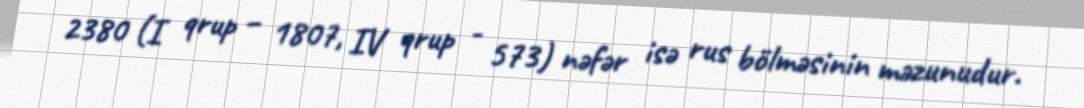
2380 (I qrup – 1807, IV qrup - 573) nəfər isə rus bölməsinin məzunudur.